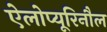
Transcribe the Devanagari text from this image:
ऐलोप्यूरिनौल